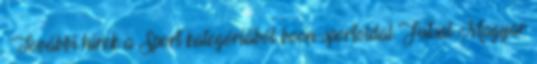
. További hírek a Sport kategóriából boon-sportoldal Futsal Magyar